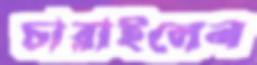
চারাইলেন